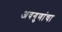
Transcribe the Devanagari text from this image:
अवगुणांचा